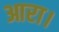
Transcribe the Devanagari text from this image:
आरा।